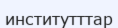
институтттар